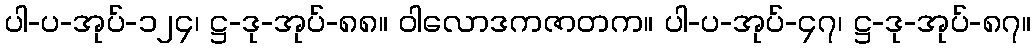
ပါ-ပ-အုပ်-၁၂၄၊ ဋ္ဌ-ဒု-အုပ်-၈၈။ ဝါလောဒကဇာတက။ ပါ-ပ-အုပ်-၄၇၊ ဋ္ဌ-ဒု-အုပ်-၈၇။